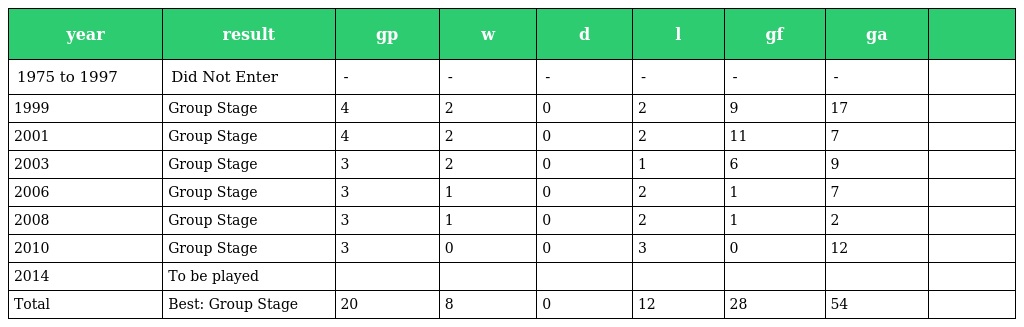
| year | result | gp | w | d | l | gf | ga |  |
 | --- | --- | --- | --- | --- | --- | --- | --- | --- |
 | 1975 to 1997 | Did Not Enter | - | - | - | - | - | - |  |
 | 1999 | Group Stage | 4 | 2 | 0 | 2 | 9 | 17 |  |
 | 2001 | Group Stage | 4 | 2 | 0 | 2 | 11 | 7 |  |
 | 2003 | Group Stage | 3 | 2 | 0 | 1 | 6 | 9 |  |
 | 2006 | Group Stage | 3 | 1 | 0 | 2 | 1 | 7 |  |
 | 2008 | Group Stage | 3 | 1 | 0 | 2 | 1 | 2 |  |
 | 2010 | Group Stage | 3 | 0 | 0 | 3 | 0 | 12 |  |
 | 2014 | To be played |  |  |  |  |  |  |  |
 | Total | Best: Group Stage | 20 | 8 | 0 | 12 | 28 | 54 |  |